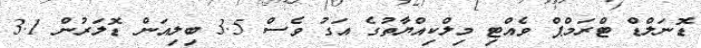
ޑޮނަލްޑް ޓްރަމްޕް ވެއްޓި މިލްކިއްޔާތުގެ އަގު ވެސް 3.5 ބިލިއަން ޑޮލަރުން 3.1